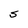
Character: S